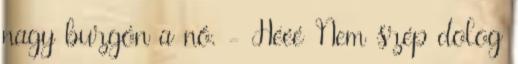
nagy buzgón a nő. - Hééé Nem szép dolog